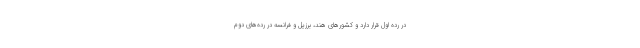
در رده اول قرار دارد و کشورهای هند، برزیل و فرانسه در رده‌های دوم